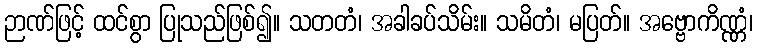
ဉာဏ်ဖြင့် ထင်စွာ ပြုသည်ဖြစ်၍။ သတတံ၊ အခါခပ်သိမ်း။ သမိတံ၊ မပြတ်။ အဗ္ဗောကိဏ္ဏံ၊